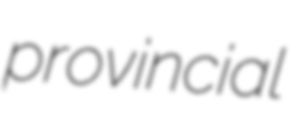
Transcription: provincial